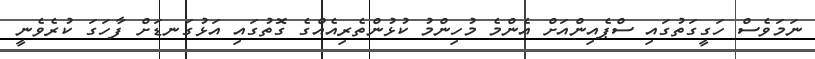
ނަމަވެސް ހަގީގަތުގައި ސްޕެއިންއަށް އެންމެ މުހިންމު ކުޅުންތެރިއެއްގެ ގޮތުގައި އަޅުގަނޑަށް ފާހަގަ ކުރެވެނީ